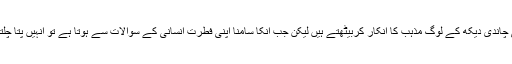
فطرت انسانی کے سوالات فلسفہ اور سائنس کی نئی نئی چاندی دیکھ کے لوگ مذہب کا انکار کربیٹھتے ہیں لیکن جب انکا سامنا اپنی فطرت انسانی کے سوالات سے ہوتا ہے تو انہیں پتا چلتا ہے کہ ہماری اصل ضرورت اور سوالات تو یہ تھے ۔